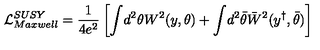
{ \cal L } _ { M a x w e l l } ^ { S U S Y } = \frac { 1 } { 4 e ^ { 2 } } \left[ \int \! d ^ { 2 } \theta W ^ { 2 } \! \left( y , \theta \right) + \int \! d ^ { 2 } \bar { \theta } \bar { W } ^ { 2 } ( y ^ { \dagger } , \bar { \theta } ) \right]